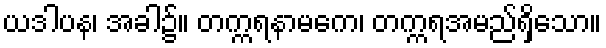
ယဒါပန၊ အခါ၌။ တက္ကရနာမကေ၊ တက္ကရအမည်ရှိသော။